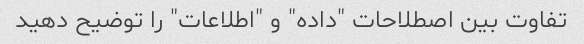
تفاوت بین اصطلاحات "داده" و "اطلاعات" را توضیح دهید